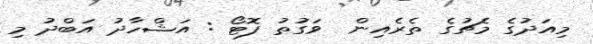
މިއަދުގެ މެޗުގެ ތެރެއިން  ވަގުތު ފޮޓޯ : އަޝްހާދު އަބްދު މި